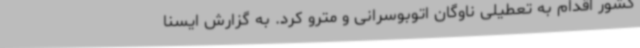
کشور اقدام به تعطیلی ناوگان اتوبوسرانی و مترو کرد. به گزارش ایسنا